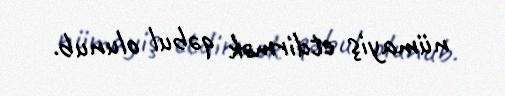
nümayiş etdirmək qəbul olunub.